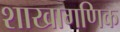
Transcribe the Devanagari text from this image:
शाखागणिक